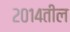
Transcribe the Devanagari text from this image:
२०१४तील